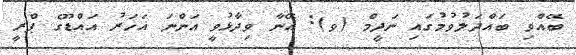
ބޭއްވި ބައްދަލުވުމުގައި ނަދީމް (ވ): އޭނާ ވިދާޅުވީ އަންނަ އަހަރު އައްޑޫގެ ޕްރީ